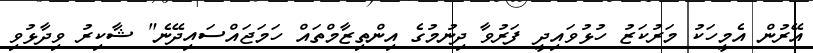
އޭރުން އެމީހަކު މަރުކަޒު ހުޅުވައިދީ ފަރުވާ ދިނުމުގެ އިންތިޒާމްތައް ހަމަޖައްސައިދޭނެ" ޝާކިރު ވިދާޅުވި